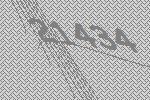
21434